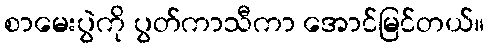
စာမေးပွဲကို ပွတ်ကာသီကာ အောင်မြင်တယ်။